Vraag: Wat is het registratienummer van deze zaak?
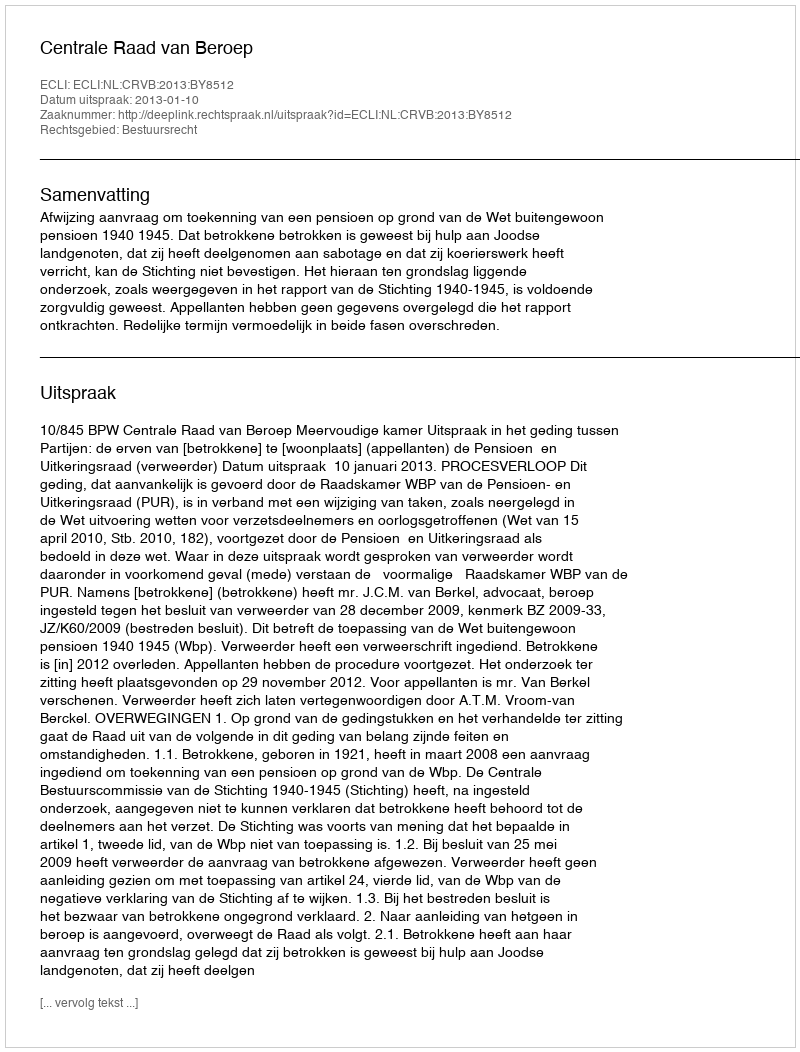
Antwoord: http://deeplink.rechtspraak.nl/uitspraak?id=ECLI:NL:CRVB:2013:BY8512